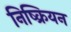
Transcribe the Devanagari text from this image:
निष्क्रियन